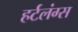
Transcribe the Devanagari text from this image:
हर्टलंग्स